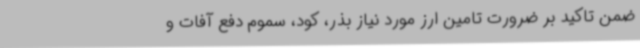
ضمن تاکید بر ضرورت تامین ارز مورد نیاز بذر،‌ کود، سموم دفع آفات و